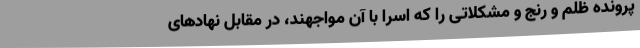
پرونده ظلم و رنج و مشکلاتی را که اسرا با آن مواجهند، در مقابل نهادهای